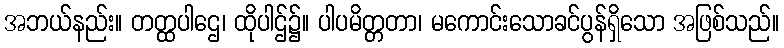
အဘယ်နည်း။ တတ္ထပါဌေ၊ ထိုပါဌ်၌။ ပါပမိတ္တတာ၊ မကောင်းသောခင်ပွန်ရှိသော အဖြစ်သည်။